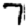
Digit: 7